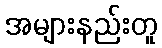
အများနည်းတူ